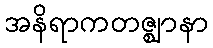
အနိရာကတဇ္ဈာနာ